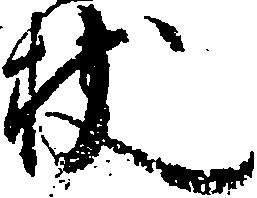
杖